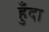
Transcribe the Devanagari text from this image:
हुँदा